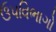
ઉપવિભાગો